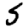
Digit: 5